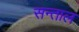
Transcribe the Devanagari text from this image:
सन्ताल